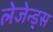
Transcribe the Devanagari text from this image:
लेजेन्ड्स